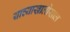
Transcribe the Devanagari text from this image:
याच्याखालोखाल